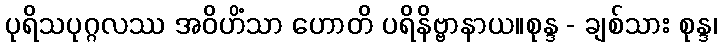
ပုရိသပုဂ္ဂလဿ အဝိဟိံသာ ဟောတိ ပရိနိဗ္ဗာနာယ။စုန္ဒ - ချစ်သား စုန္ဒ၊